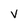
Character: v